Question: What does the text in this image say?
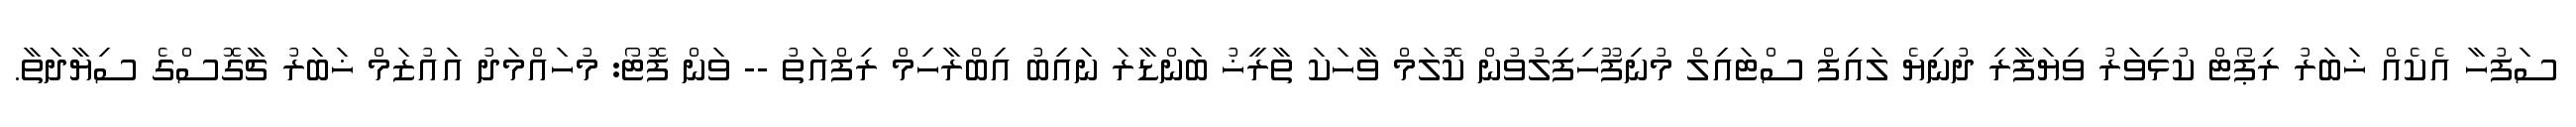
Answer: ސަފުހާ އެކެއް ޚަބަރު ރިޕޯޓް ކުޅިވަރު ވިޔަފާރި ދުނިޔެ ލައިފް ސްޓައިލް މުނިފޫހިފިލުވުން ކޮލަމް ވާހަކަ ތާރީޚު ބަންޑާރަ ނައިބު އިބްރާހިމް ރިފްއަތު -- ވަން ފޮޓޯ: މުހައްމަދު އައުޒަމް ޚަބަރު ޗާގޮސްގެ ސިޔާދަތާ.